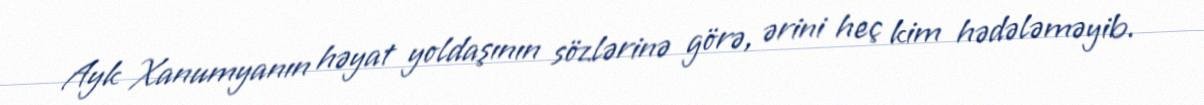
Ayk Xanumyanın həyat yoldaşının sözlərinə görə, ərini heç kim hədələməyib.